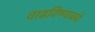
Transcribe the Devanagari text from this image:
वाढविण्याकडे